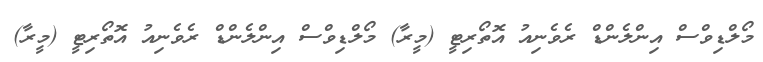
މޯލްޑިވްސް އިންލެންޑް ރެވެނިއު އޮތޯރިޓީ (މީރާ) މޯލްޑިވްސް އިންލެންޑް ރެވެނިއު އޮތޯރިޓީ (މީރާ)